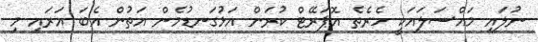
ނުލައި މައްސަލައަކީ ހެރެތެ އޮޕަރޭޓް ކުރަން އަޅުގަނޑުމެން އަތުން އެބަ އަރައި މި